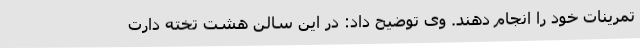
تمرینات خود را انجام دهند. وی توضیح داد: در این سالن هشت تخته دارت